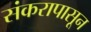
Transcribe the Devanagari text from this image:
संकरापासून